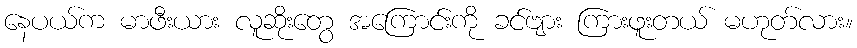
နေပယ်က မာဖီးယား လူဆိုးတွေ အကြောင်းကို ခင်ဗျား ကြားဖူးတယ် မဟုတ်လား။